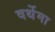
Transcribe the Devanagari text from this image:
वर्थेमा